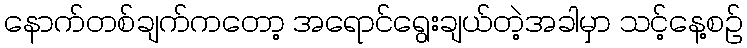
နောက်တစ်ချက်ကတော့ အရောင်ရွေးချယ်တဲ့အခါမှာ သင့်နေ့စဉ်